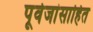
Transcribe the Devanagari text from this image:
पूर्वजांसाहित